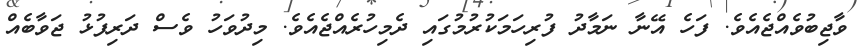
ވާޖިބުވެއްޖެއެވެ. ފަހެ އޭނާ ނަމާދު ފުރިހަމަކުރުމުގައި ދެމިހުރެއްޖެއެވެ. މިދުވަހު ވެސް ދަރިފުޅު ޖަވާބެއް